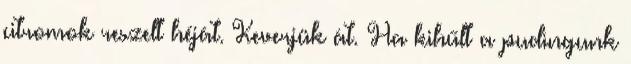
citromok reszelt héját. Keverjük át. Ha kihűlt a pudingunk